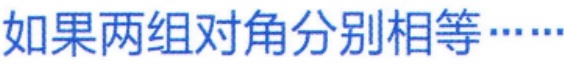
如果两组对角分别相等……